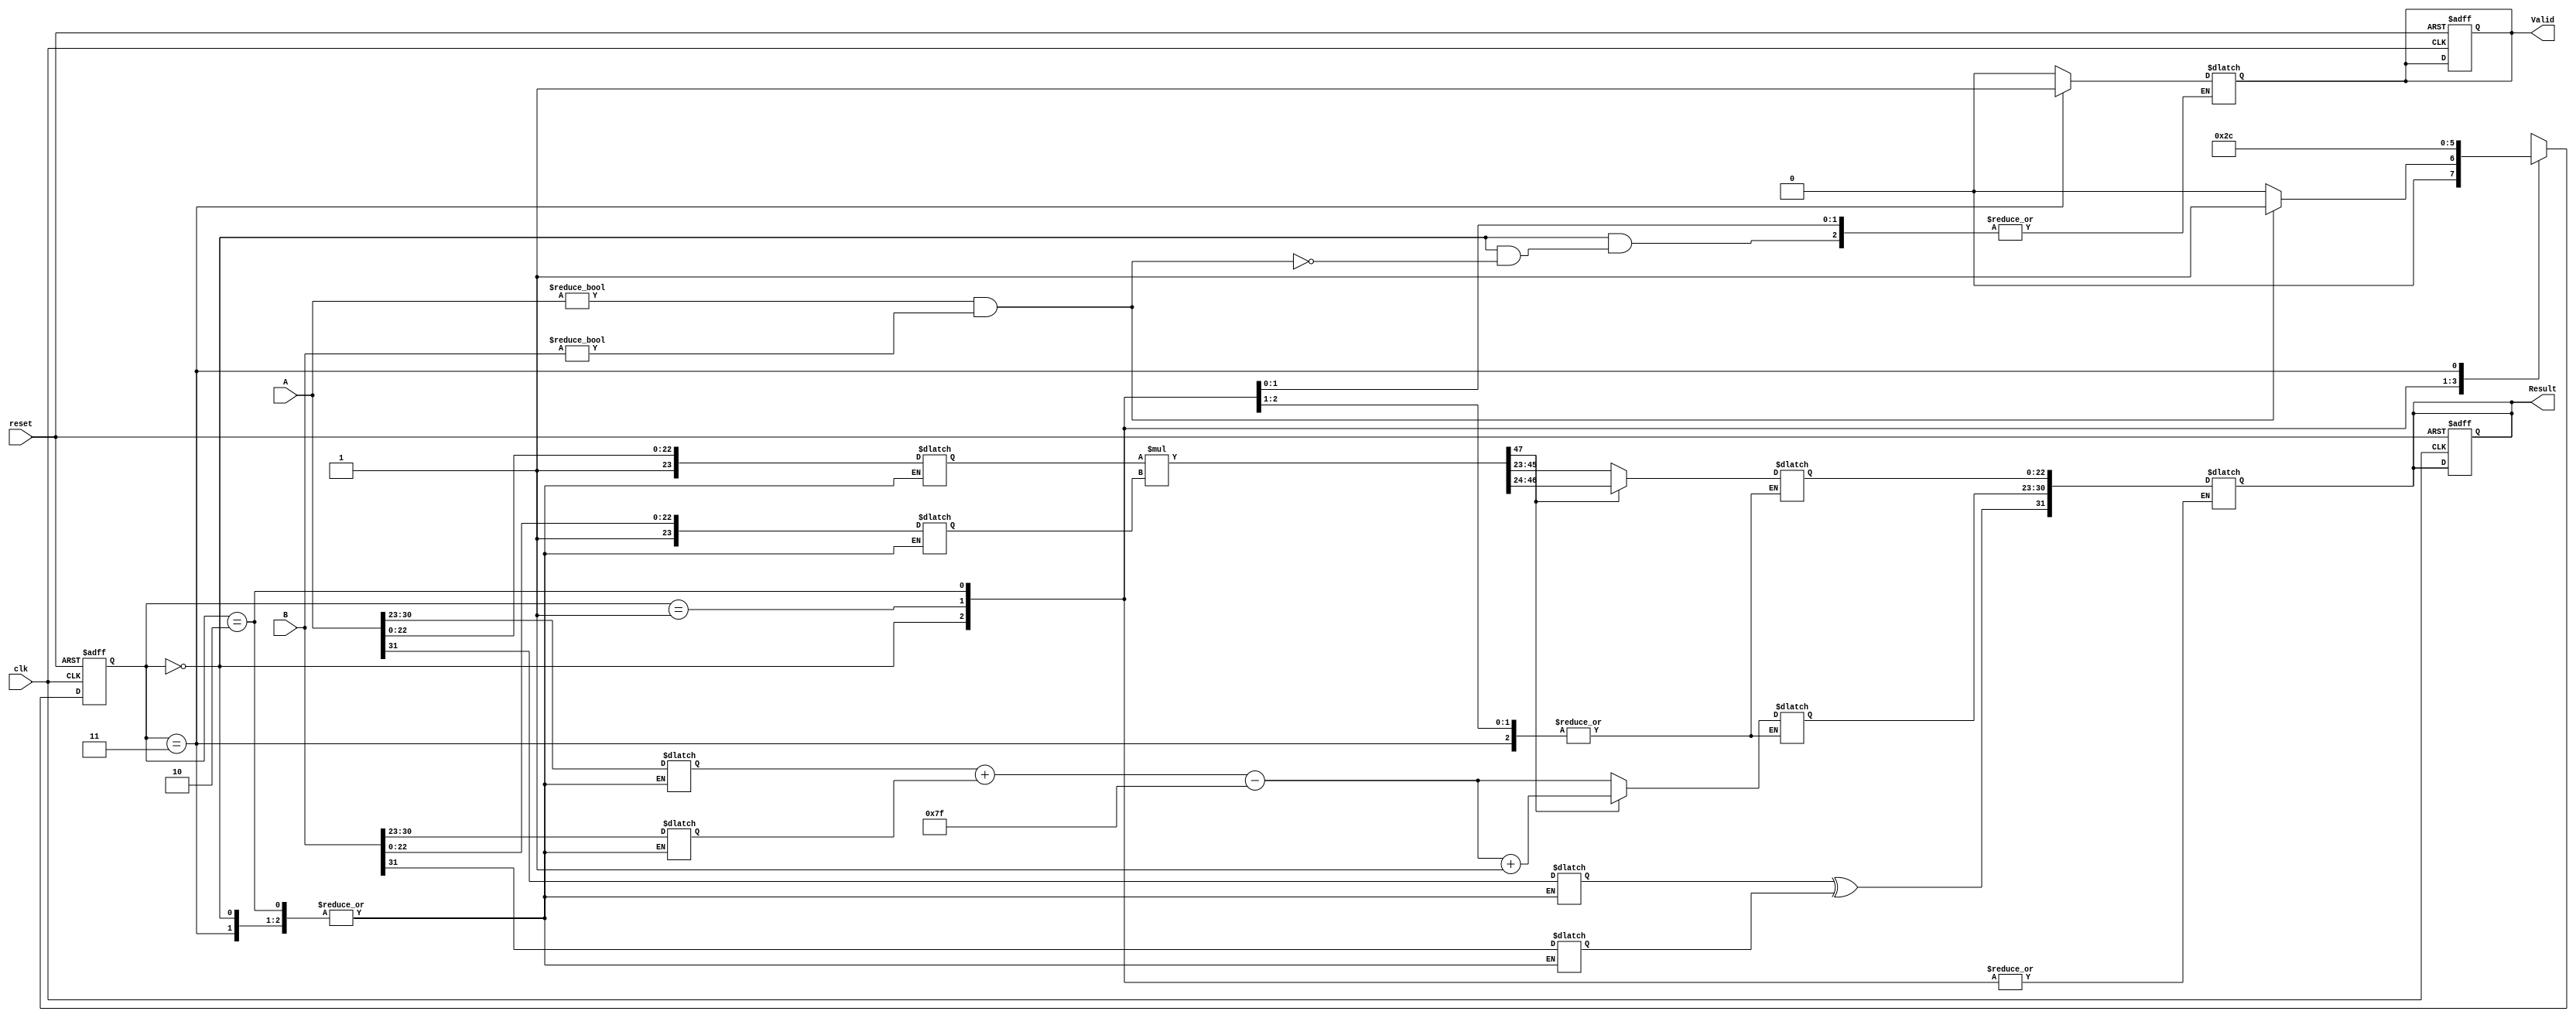
module floating_point_multiplier (
    input wire [31:0] A,        // First floating-point operand
    input wire [31:0] B,        // Second floating-point operand
    input wire clk,             // Clock signal
    input wire reset,           // Asynchronous reset
    output reg [31:0] Result,   // Result of multiplication
    output reg Valid             // Output valid signal
);

    // Internal signals
    reg [7:0] expA, expB, expResult;
    reg [23:0] mantA, mantB, mantResult;
    reg signA, signB, signResult;
    reg [47:0] mantProduct;      // Product of mantissas (24 bits + 24 bits)
    reg [4:0] shiftCount;        // Count for normalization shifts
    reg [7:0] bias = 8'd127;     // Bias for single precision
    reg [1:0] state;             // State for FSM
    reg [1:0] next_state;

    // State encoding
    localparam IDLE = 2'b00,
               EXTRACT = 2'b01,
               MULTIPLY = 2'b10,
               OUTPUT = 2'b11;

    // Asynchronous reset
    always @(posedge clk or posedge reset) begin
        if (reset) begin
            Result <= 32'b0;
            Valid <= 1'b0;
            state <= IDLE;
        end else begin
            state <= next_state;
        end
    end

    // State machine for processing
    always @(*) begin
        case (state)
            IDLE: begin
                if (A != 32'b0 && B != 32'b0) begin
                    next_state = EXTRACT;
                    Valid = 1'b0;
                end else begin
                    next_state = IDLE;
                end
            end
            EXTRACT: begin
                // Extract sign, exponent, and mantissa
                signA = A[31];
                signB = B[31];
                expA = A[30:23];
                expB = B[30:23];
                mantA = {1'b1, A[22:0]}; // Add implicit leading 1
                mantB = {1'b1, B[22:0]}; // Add implicit leading 1
                next_state = MULTIPLY;
            end
            MULTIPLY: begin
                // Multiply mantissas
                mantProduct = mantA * mantB;
                // Calculate exponent
                expResult = expA + expB - bias;
                // Normalize the result
                if (mantProduct[47]) begin
                    mantResult = mantProduct[46:24]; // Shift right
                    expResult = expResult + 1;
                end else begin
                    mantResult = mantProduct[45:23]; // Keep as is
                end
                next_state = OUTPUT;
            end
            OUTPUT: begin
                // Combine results
                signResult = signA ^ signB;
                Result = {signResult, expResult, mantResult[22:0]};
                Valid = 1'b1;
                next_state = IDLE; // Go back to IDLE
            end
            default: next_state = IDLE;
        endcase
    end

endmodule